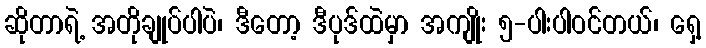
ဆိုတာရဲ့ အတိုချုပ်ပါပဲ၊ ဒီတော့ ဒီပုဒ်ထဲမှာ အကျိုး ၅-ပါးပါဝင်တယ်၊ ရှေ့